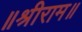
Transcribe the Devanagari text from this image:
॥श्रीराम॥